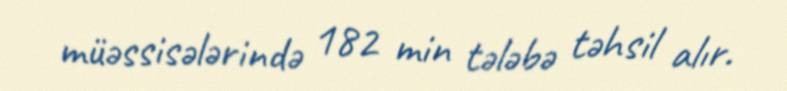
müəssisələrində 182 min tələbə təhsil alır.